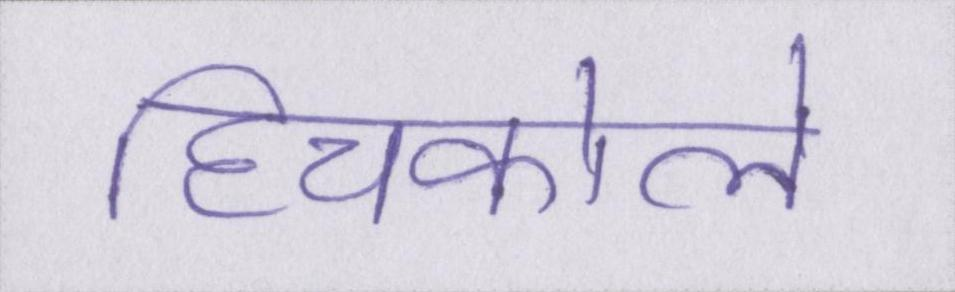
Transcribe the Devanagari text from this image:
हिचकोले